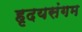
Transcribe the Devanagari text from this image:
हृदयसंगम